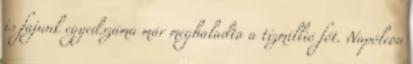
is fajunk egyedszáma már meghaladta a tízmillió főt. Napóleon